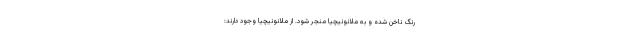
رنگ ناخن شده و به ملانونیچیا منجر شود. از ملانونیچیا وجود دارند: